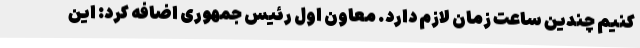
کنیم چندین ساعت زمان لازم دارد. معاون اول رئیس جمهوری اضافه کرد: این